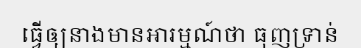
ធ្វើឲ្យនាងមានអារម្មណ៍ថា ធុញទ្រាន់